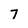
Character: 7